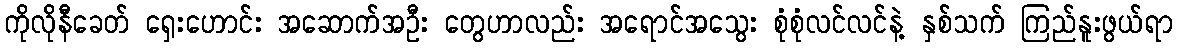
ကိုလိုနီခေတ် ရှေးဟောင်း အဆောက်အဦး တွေဟာလည်း အရောင်အသွေး စုံစုံလင်လင်နဲ့ နှစ်သက် ကြည်နူးဖွယ်ရာ